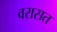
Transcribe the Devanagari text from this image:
वरासत